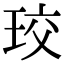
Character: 珓